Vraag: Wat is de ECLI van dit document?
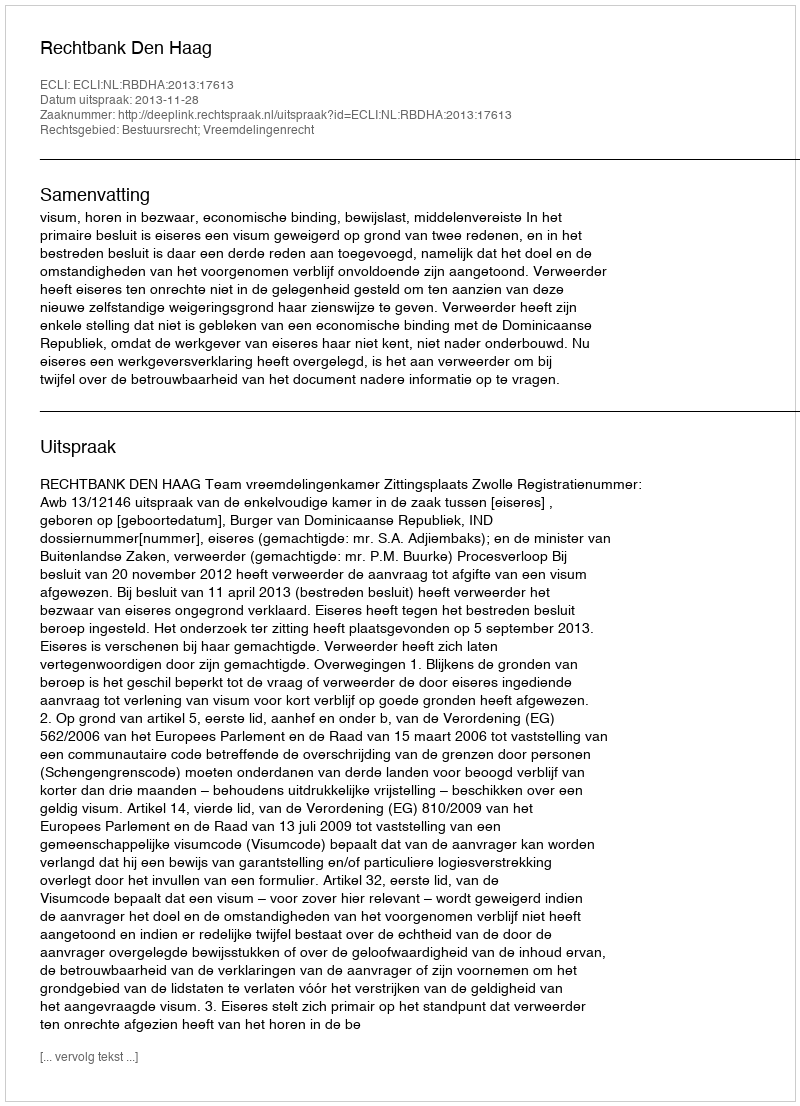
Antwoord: ECLI:NL:RBDHA:2013:17613